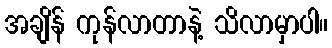
အချိန် ကုန်လာတာနဲ့ သိလာမှာပါ။